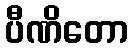
ပီဏိတော